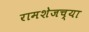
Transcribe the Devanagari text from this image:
रामशेजच्या